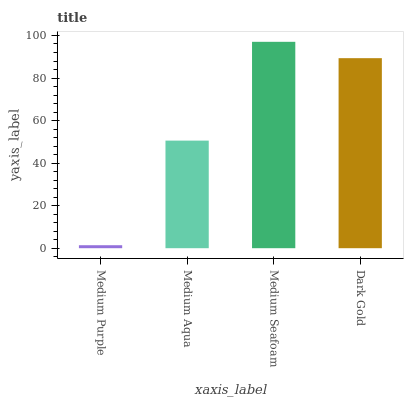
| xaxis_label | bars |
 | --- | --- |
 | Medium Purple | 1.4 |
 | Medium Aqua | 50.6 |
 | Medium Seafoam | 97 |
 | Dark Gold | 89.3 |